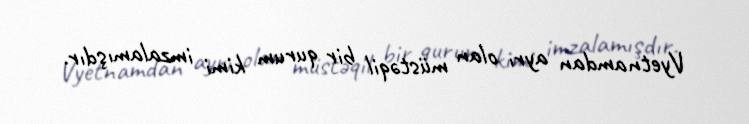
Vyetnamdan ayrı olan müstəqil bir qurum kimi imzalamışdır.